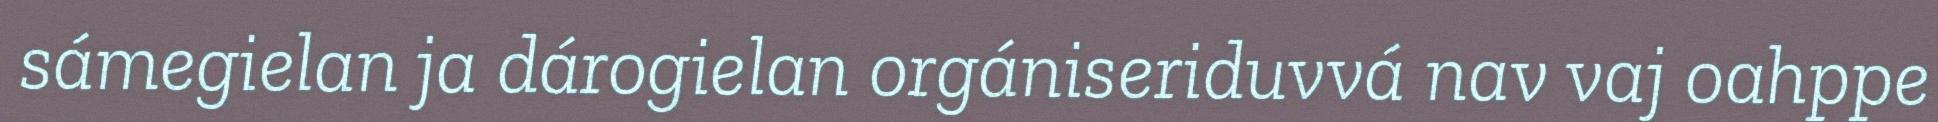
sámegielan ja dárogielan orgániseriduvvá nav vaj oahppe